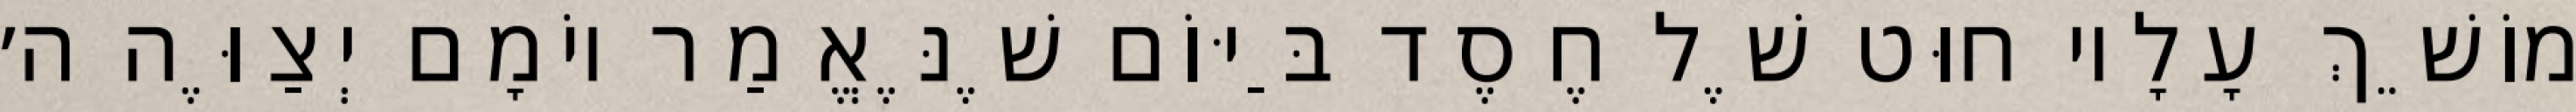
מוֹשֵׁךְ עָלָיו חוּט שֶׁל חֶסֶד בַּיּוֹם שֶׁנֶּאֱמַר יוֹמָם יְצַוֶּה ה׳